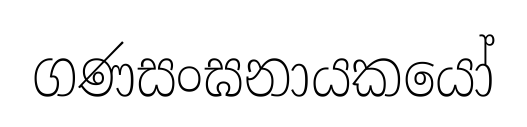
ගණසංඝනායකයෝ